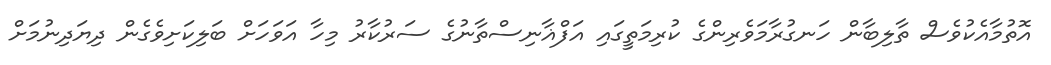
އޮތުމާއެކުވެސް ތާލިބާން ހަނގުރާމަވެރިންގެ ކުރިމަތީގައި އަފްޣާނިސްތާނުގެ ސަރުކާރު މިހާ އަވަހަށް ބަލިކަށިވެގެން ދިޔަދިނުމަށް